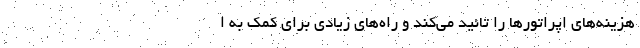
هزینه‌های اپراتورها را تائید می‌کند و راه‌های زیادی برای کمک به ا